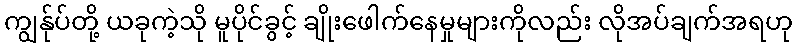
ကျွန်ုပ်တို့ ယခုကဲ့သို မူပိုင်ခွင့် ချိုးဖေါက်နေမှုများကိုလည်း လိုအပ်ချက်အရဟု